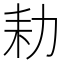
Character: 𮰍